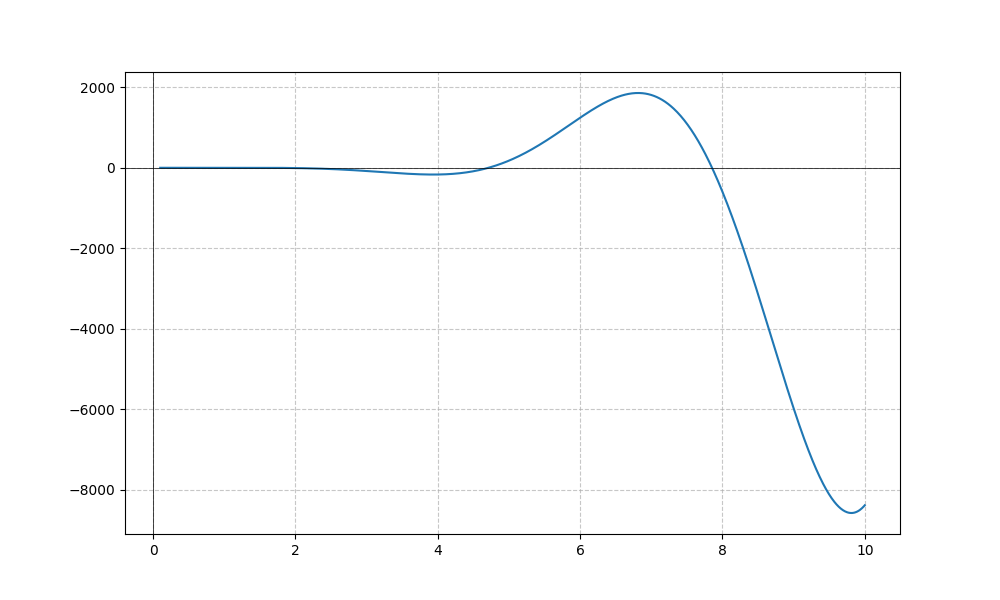
LaTeX formula: x^{4} \cos{\left(x \right)}